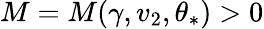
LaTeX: M=M(\gamma,v_{2},\theta_{*})>0